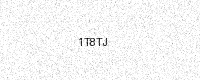
Text: 1T8TJ